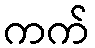
ကက်